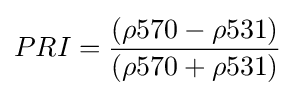
PRI={\frac {(\rho 570-\rho 531)}{(\rho 570+\rho 531)}}